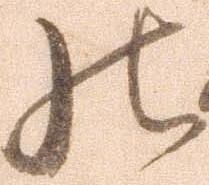
の